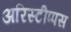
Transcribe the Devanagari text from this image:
अरिस्टीप्पस